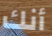
أنك